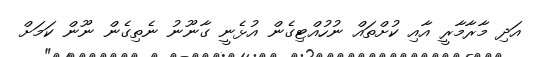
އަދި މާރާމާރީ އާއި ކުށްތައް ނުހުއްޓިގެން އުޅެނީ ގާނޫނު ނެތިގެން ނޫން ކަމަށް